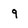
Character: q